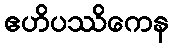
ဧဟိပဿိကေန